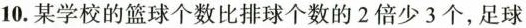
10.某学校的篮球个数比排球个数的2倍少3个，足球